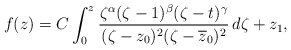
\begin{align*}f(z)=C\int_0^z\frac{\zeta^\alpha(\zeta-1)^\beta(\zeta-t)^\gamma}{(\zeta-z_0)^2(\zeta-\overline{z}_0)^2}\,d\zeta+z_1,\end{align*}